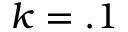
k = . 1